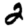
Digit: 2